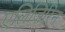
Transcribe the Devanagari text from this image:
एलिजिरिन